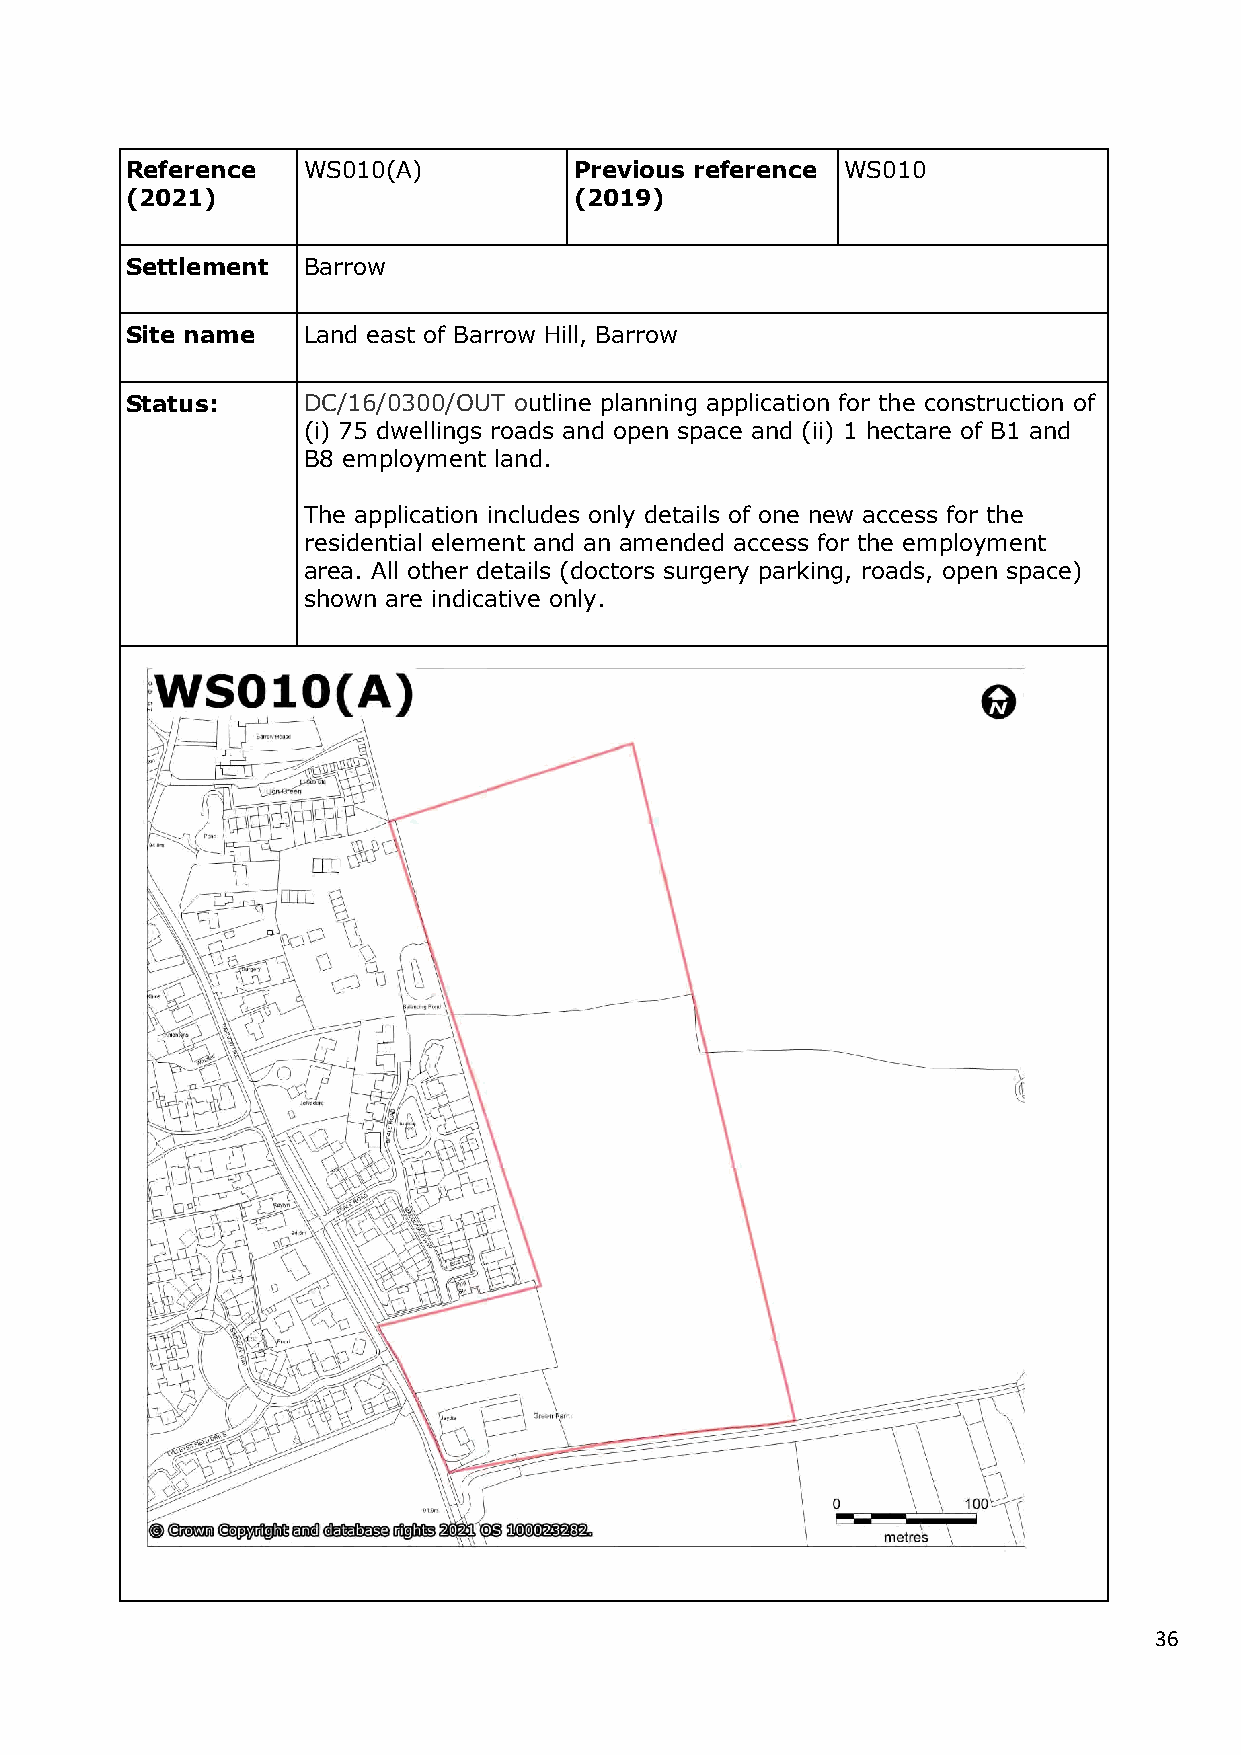
Reference   WS010(A)          Previous reference WS010
 (2021)                        (2019)
 Settlement  Barrow
 Site name   Land east of Barrow Hill, Barrow
 Status:     DC/16/0300/OUT outline planning application for the construction of
 (i) 75 dwellings roads and open space and (ii) 1 hectare of B1 and
 B8 employment land.
 The application includes only details of one new access for the
 residential element and an amended access for the employment
 area. All other details (doctors surgery parking, roads, open space)
 shown are indicative only.
 36